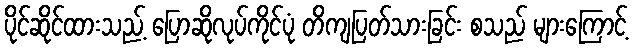
ပိုင်ဆိုင်ထားသည့် ပြောဆိုလုပ်ကိုင်ပုံ တိကျပြတ်သားခြင်း စသည် များကြောင့်